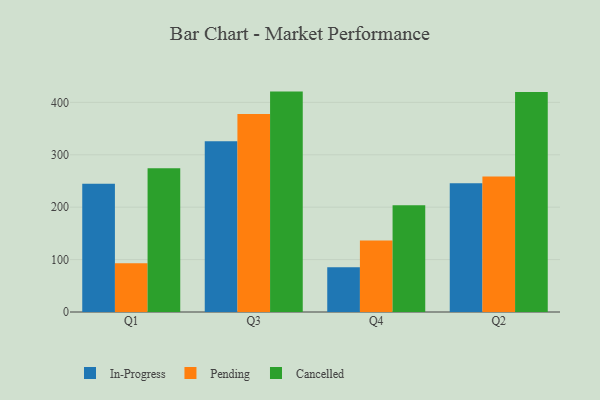
{"axis": {"x": "Quarter", "y": "Website Visitors"}, "legend": ["Cancelled", "In-Progress", "Pending"], "data": [{"x": "Q1", "y": 244.7, "type": "In-Progress"}, {"x": "Q1", "y": 92.9, "type": "Pending"}, {"x": "Q1", "y": 274.2, "type": "Cancelled"}, {"x": "Q3", "y": 325.8, "type": "In-Progress"}, {"x": "Q3", "y": 377.7, "type": "Pending"}, {"x": "Q3", "y": 420.6, "type": "Cancelled"}, {"x": "Q4", "y": 85.3, "type": "In-Progress"}, {"x": "Q4", "y": 136.4, "type": "Pending"}, {"x": "Q4", "y": 203.7, "type": "Cancelled"}, {"x": "Q2", "y": 245.7, "type": "In-Progress"}, {"x": "Q2", "y": 258.5, "type": "Pending"}, {"x": "Q2", "y": 419.7, "type": "Cancelled"}]}